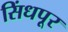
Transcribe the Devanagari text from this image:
सिंधपूर